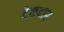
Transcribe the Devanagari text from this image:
टेकदार